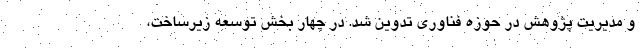
و مدیریت پژوهش در حوزه فناوری تدوین شد. در چهار بخش توسعه زیرساخت،